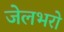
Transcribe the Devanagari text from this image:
जेलभरो